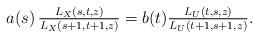
LaTeX: \begin{align*}a(s)\,\tfrac{L_X(s,t,z)}{L_X(s+1,t+1,z)}=b(t)\tfrac{L_U(t,s,z)}{L_U(t+1,s+1,z)}.\end{align*}